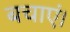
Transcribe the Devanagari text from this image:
बचाएं।